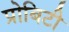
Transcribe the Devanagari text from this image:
प्रोबिटी